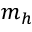
m _ { h }